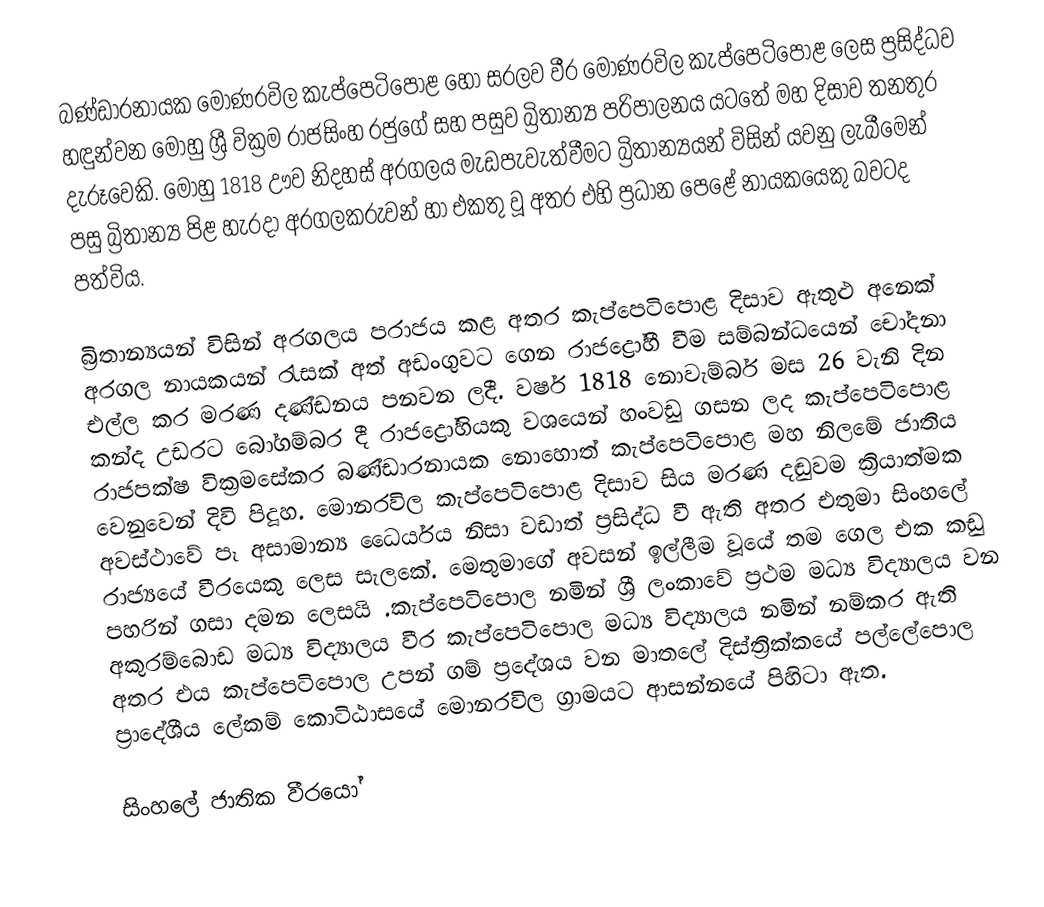
බණ්ඩාරනායක මොණරවිල කැප්පෙටිපොළ හෝ සරලව වීර මොණරවිල කැප්පෙටිපොළ ලෙස ප්‍රසිද්ධව හඳුන්වන මොහු ශ්‍රී වික්‍රම රාජසිංහ රජුගේ සහ පසුව බ්‍රිතාන්‍ය පරිපාලනය යටතේ මහ දිසාව තනතුර දැරූවෙකි. මොහු 1818 ඌව නිදහස් අරගලය මැඩපැවැත්වීමට බ්‍රිතාන්‍යයන් විසින් යවනු ලැබීමෙන් පසු බ්‍රිතාන්‍ය පිළ හැරදා අරගලකරුවන් හා එකතු වූ අතර එහි ප්‍රධාන පෙළේ නායකයෙකු බවටද පත්විය.

බ්‍රිතාන්‍යයන් විසින් අරගලය පරාජය කළ අතර කැප්පෙටිපොළ දිසාව ඇතුළු අනෙක් අරගල නායකයන් ‍රැසක් අත් අඩංගුවට ගෙන රාජද්‍රෝහී වීම සම්බන්ධයෙන් චෝදනා එල්ල කර මරණ දණ්ඩනය පනවන ලදී.  වර්ෂ 1818 නොවැම්බර් මස 26 වැනි දින කන්ද උඩරට බෝගම්බර දී රාජද්‍රෝහියකු වශයෙන් හංවඩු ගසන ලද කැප්පෙටිපොළ රාජපක්‌ෂ වික්‍රමසේකර බණ්‌ඩාරනායක නොහොත් කැප්පෙටිපොළ මහ නිලමේ ජාතිය වෙනුවෙන් දිවි පිදූහ. මොනරවිල කැප්පෙටිපොළ දිසාව සිය මරණ දඬුවම ක්‍රියාත්මක අවස්ථාවේ පෑ අසාමාන්‍ය ධෛර්යය නිසා වඩාත් ප්‍රසිද්ධ වී ඇති අතර එතුමා සිංහලේ රාජ්‍යයේ වීරයෙකු ලෙස සැලකේ. මෙතුමාගේ අවසන් ඉල්ලීම වූයේ තම ගෙල එක කඩු පහරින් ගසා දමන ලෙසයි .කැප්පෙටිපොල නමින් ශ්‍රී ලංකාවේ ප්‍රථම මධ්‍ය විද්‍යාලය වන අකුරම්බොඩ මධ්‍ය විද්‍යාලය වීර කැප්පෙටිපොල මධ්‍ය විද්‍යාලය නමින් නම්කර ඇති අතර එය කැප්පෙටිපොල උපන් ගම් ප්‍රදේශය වන මාතලේ දිස්ත්‍රික්කයේ පල්ලේපොල ප්‍රාදේශීය ලේකම් කොටිඨාසයේ මොනරවිල ග්‍රාමයට ආසන්නයේ පිහිටා ඇත.

සිංහලේ  ජාතික වීරයෝ